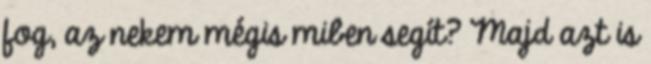
fog, az nekem mégis miben segít? Majd azt is